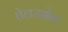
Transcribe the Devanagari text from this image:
तेलउद्योग